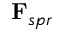
\mathbf { F } _ { s p r }